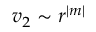
v _ { 2 } \sim r ^ { | m | }